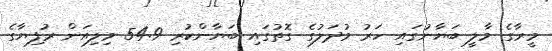
މީރާގެ މާލީ ބަޔާނުގައި ހަރު މުދަލުގެ ގޮތުގައި ބަޔާންކުރި 54.9 މިލިއަން ރުފިޔާގެ